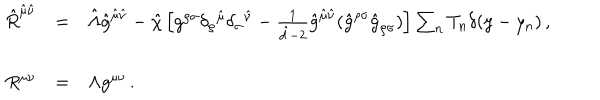
\begin{array} { r c l } { { \hat { R } ^ { \hat { \mu } \hat { \nu } } } } & { { = } } & { { \hat { \Lambda } \hat { g } ^ { \hat { \mu } \hat { \nu } } - \hat { \chi } \left[ g ^ { \rho \sigma } \delta _ { \rho } { } ^ { \hat { \mu } } \delta _ { \sigma } { } ^ { \hat { \nu } } - { \textstyle \frac { 1 } { \hat { d } - 2 } } \hat { g } ^ { \hat { \mu } \hat { \nu } } ( \hat { g } ^ { \rho \sigma } \hat { g } _ { \rho \sigma } ) \right] \sum _ { n } T _ { n } \delta ( y - y _ { n } ) \, , } } \\ { { } } & { { } } & { { } } \\ { { R ^ { \mu \nu } } } & { { = } } & { { \Lambda g ^ { \mu \nu } \, . } } \\ \end{array}